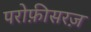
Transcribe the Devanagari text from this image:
परोफ़ीसरज़